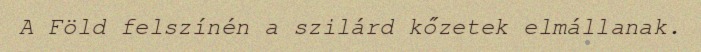
A Föld felszínén a szilárd kőzetek elmállanak.